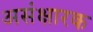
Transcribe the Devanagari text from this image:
असंक्षारक